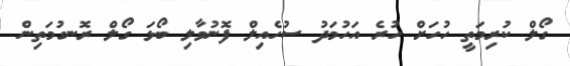
ގޯލް ކުރިމަތީ ހުހަށް ހުރެ އަހުމަދު ސުހެއިލް ފޮނުވާލި ބޯޅަ ގޯލް ރޮނގުމަތިން